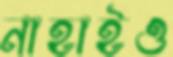
নাহাইও